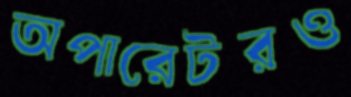
অপারেটরও